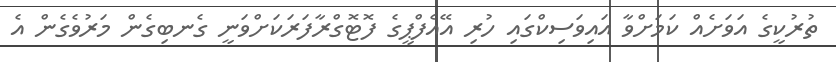
ތުރުކީގެ އަވަށެއް ކަމަށްވާ އައިވަސިކްގައި ހުރި އޭއެފްޕީގެ ފޮޓޮގްރާފަރަކަށްވަނީ ގެނބިގެން މަރުވެގެން އެ